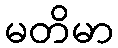
မတိမာ